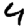
Digit: 9